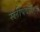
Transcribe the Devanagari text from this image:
स्लीपवॉकर्स